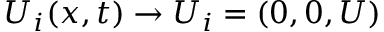
U _ { i } ( x , t ) \rightarrow U _ { i } = ( 0 , 0 , U )